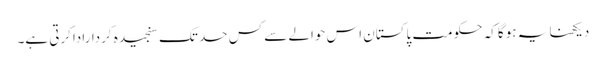
دیکھنا یہ ہوگا کہ حکومت پاکستان اس حوالے سے کس حد تک سنجیدہ کرداراداکرتی ہے۔